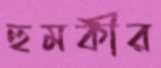
হুমকীর